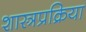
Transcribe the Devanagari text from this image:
शास्त्रप्रक्रिया